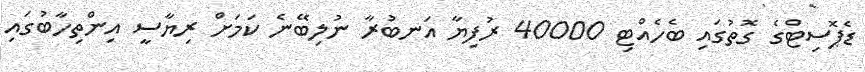
ޑެޕޮސިޓްގެ ގޮތުގައި ބެހެއްޓި 40000 ރުފިޔާ އަނބުރާ ނުލިބޭނެ ކަމަށް ރިޔާސީ އިންތިހާބުގައި